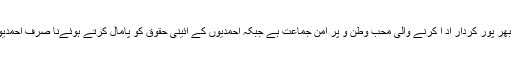
ترجمان نے کہا کہ جماعت احمدیہ پاکستان کی ترقی و استحکام پر یقین رکھنے اور اس میں اپنا بھر پور کردار اد ا کرنے والی محب وطن و پُر امن جماعت ہے جبکہ احمدیوں کے آئینی حقوق کو پامال کرتے ہوئےنا صرف احمدیوں کو عبادت سے روکا جا رہا ہے بلکہ ایک تاریخی عبادت گاہ سے بھی محروم کیا جا رہا ہے۔